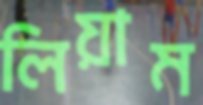
লিয়াম